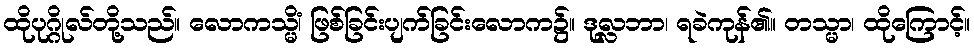
ထိုပုဂ္ဂိုလ်တို့သည်။ လောကသ္မိံ၊ ဖြစ်ခြင်းပျက်ခြင်းလောက၌။ ဒုလ္လဘာ၊ ရခဲကုန်၏။ တသ္မာ၊ ထိုကြောင့်။